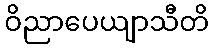
ဝိညာပေယျာသီတိ